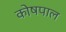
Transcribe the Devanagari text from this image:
कोषपाल